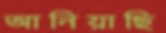
আনিয়াছি